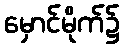
မှောင်မိုက်၌